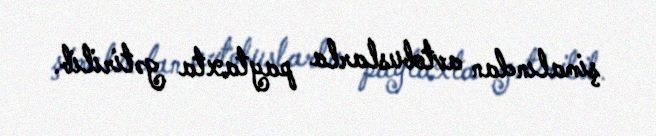
şimalından avtobuslarla paytaxta gətirilib.